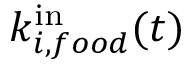
k _ { i , f o o d } ^ { \mathrm { i n } } ( t )